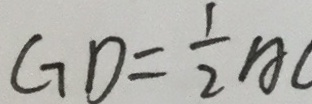
G D = \frac { 1 } { 2 } A C